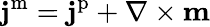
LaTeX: \mathbf{j}^{\mathrm{m}}=\mathbf{j}^{\mathrm{p}}+\nabla\times\mathbf{m}